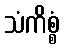
သံကိစ္စံ